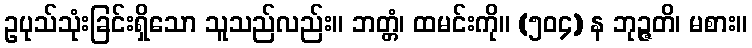
ဥပုသ်သုံးခြင်းရှိသော သူသည်လည်း။ ဘတ္တံ၊ ထမင်းကို။ (၅၀၄) န ဘုဉ္ဇတိ၊ မစား။